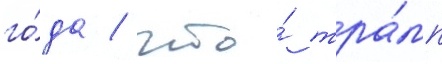
го́да / что́ тра́мп